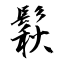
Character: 鬏